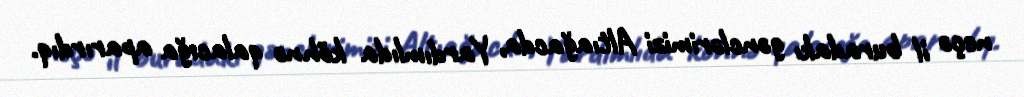
neçə il buradakı gənclərimizi Altıağacda, Yardımlıda köhnə qalacığa aparırdıq.